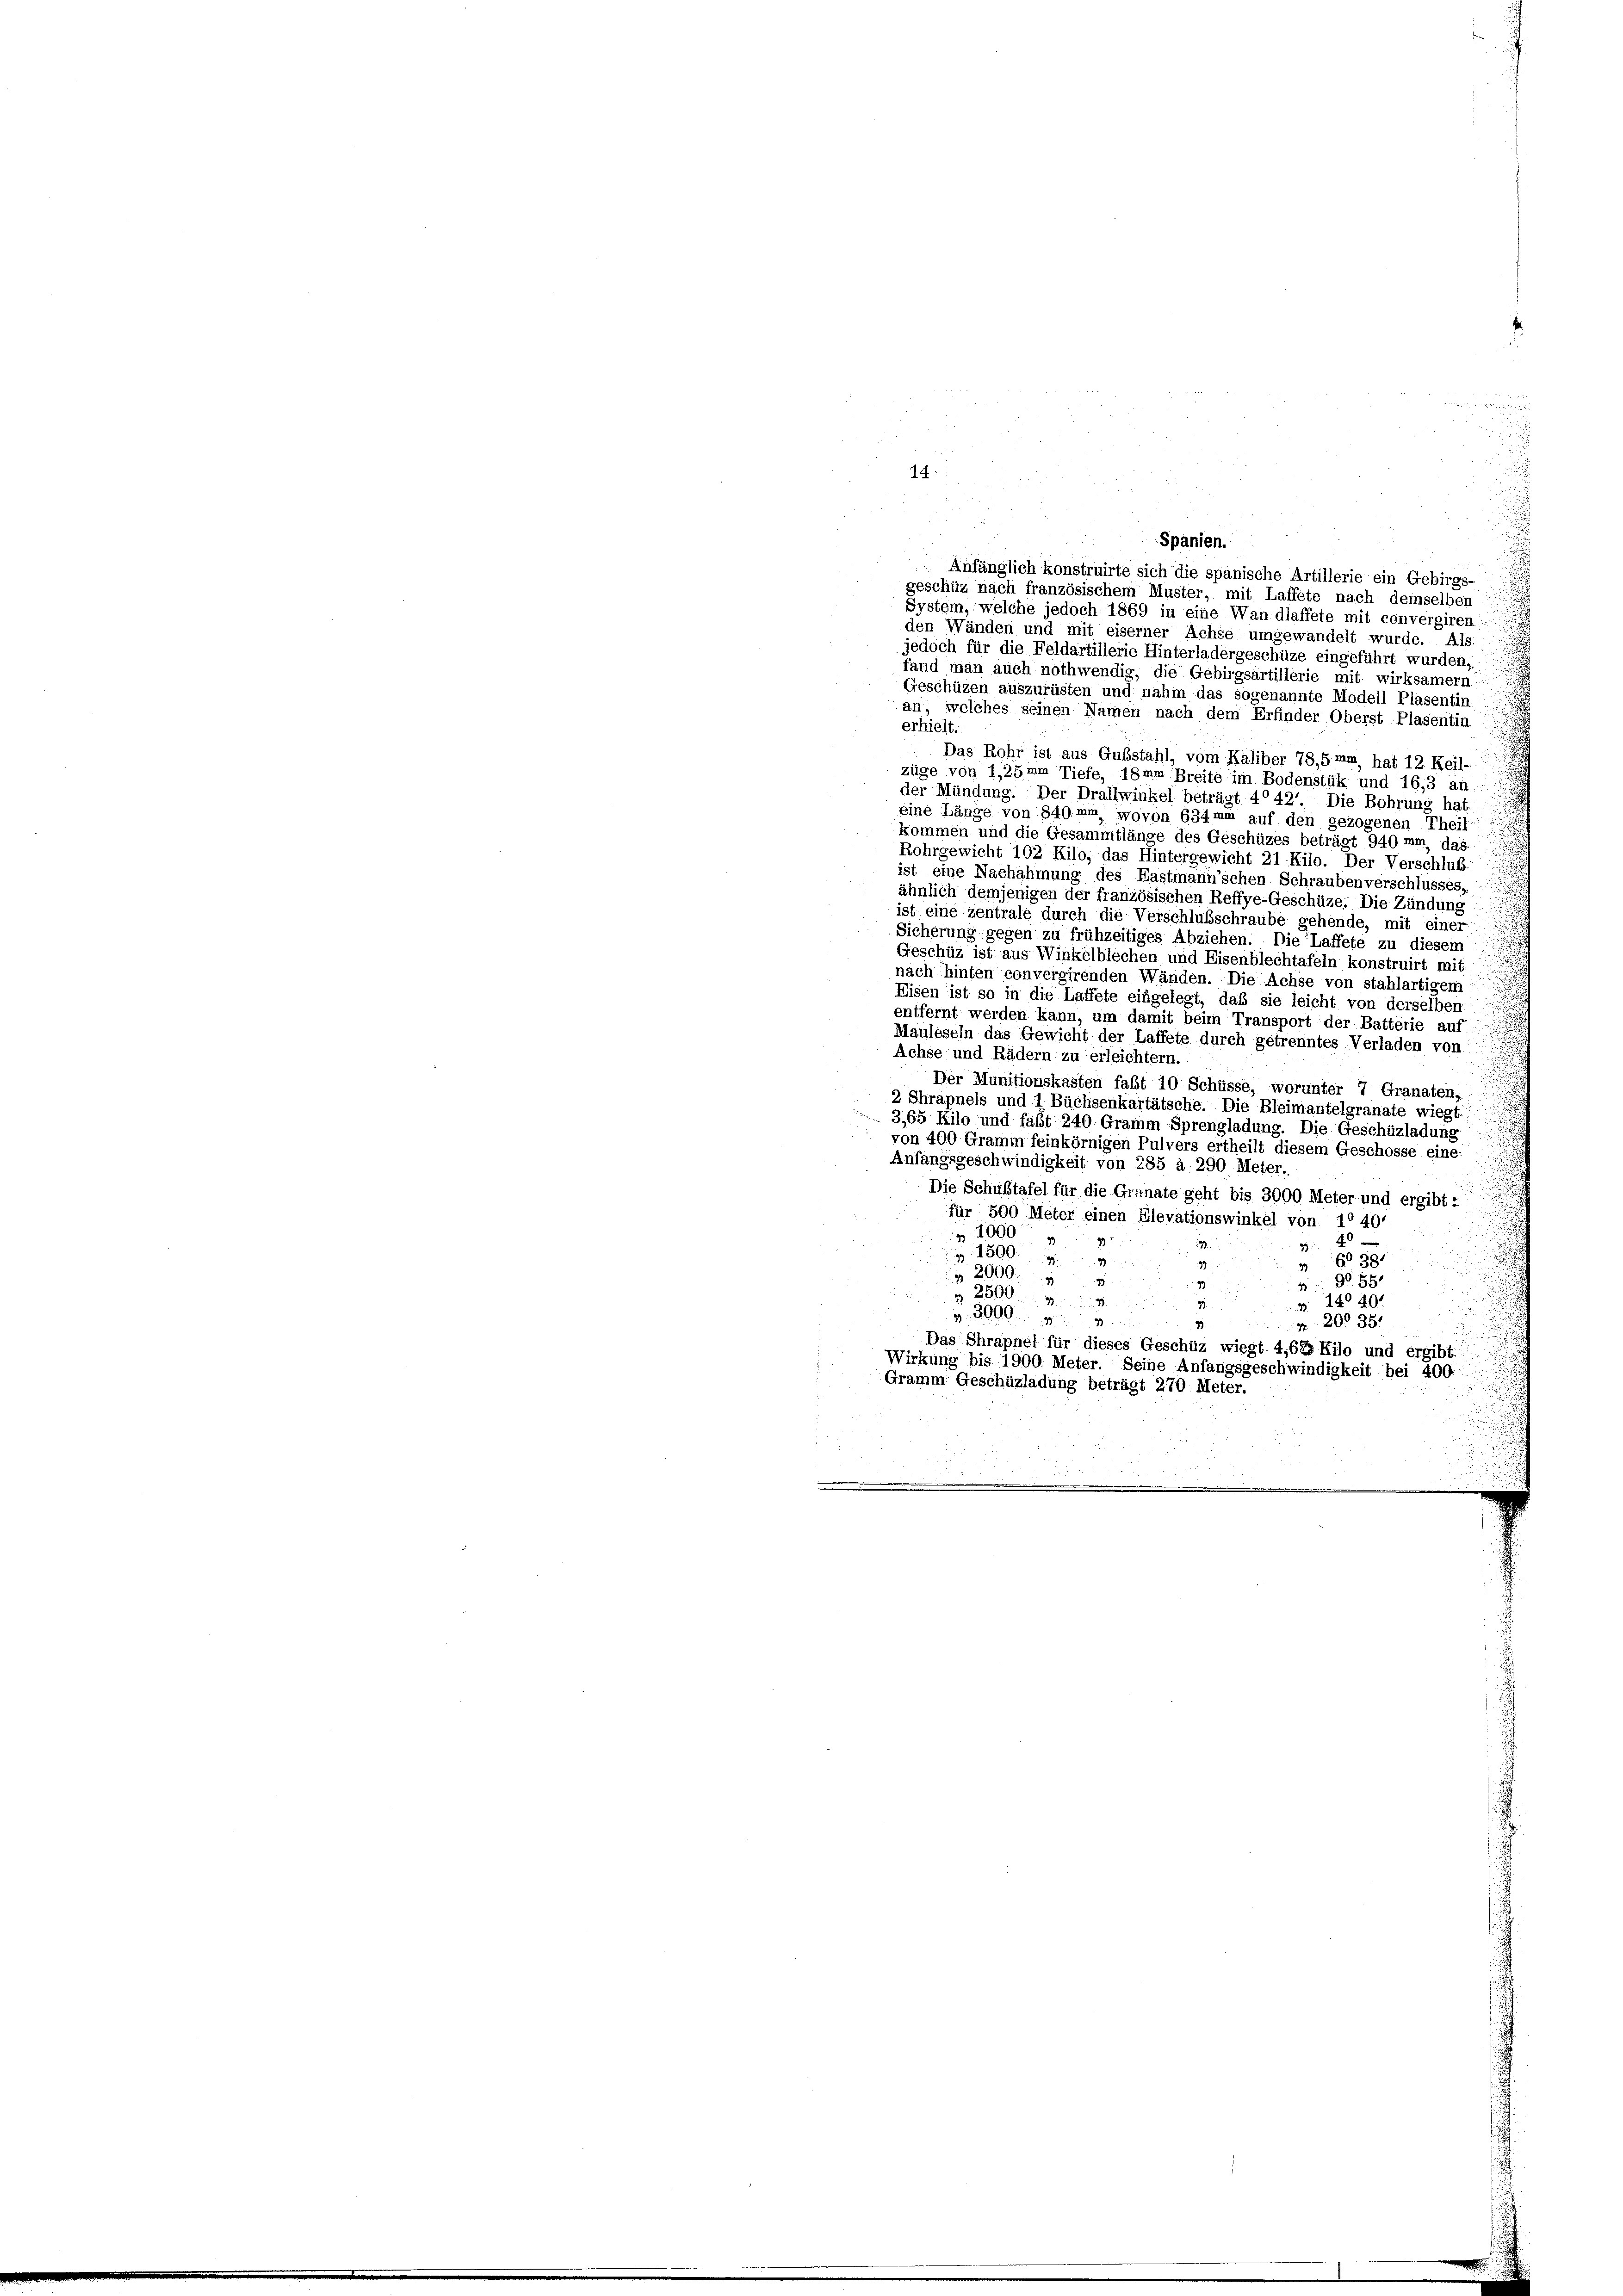
14:

Spanien.
Anfänglich konstruirte sich die spanische Artillerie ein Gebirgs-
geschüz nach französischem Muster, mit Laffete nach demselben
System, welche jedoch 1869 in eine Wandlaffete mit convergiren.
den Wänden und mit eiserner Achse umgewandelt wurde. Als.
jedoch für die Feldartillerie Hinterladergeschüze eingeführt wurden,
fand man auch nothwendig, die Gebirgsartillerie mit wirksamern
Geschüzen auszurüsten und nahm das sogenannte Modell Plasentin
an, welches seinen Namen nach dem Erfinder Oberst Plasentin
erhielt.
Das Rohr ist aus Gubstahl, vom Kaliber 78,5 mm, hat 12. Keil-
züge von 1,25mm Tiefe, 18mm Breite im Bodenstük und 16,3 an
G
der Mündung. Der Dralfwinkel beträgt 4042' Die Bohrung hat.
eine Länge von 840mm, wovon 634mm auf den gezogenen Theil
kommen und die Gesammtlänge des Geschüzes beträgt 940 mm das
Rohrgewicht 102 Kilo, das Hintergewicht 21 Kilo. Der Verschluß.
ist eine Nachahmung des Fastmann’schen Schraubenverschlusses,
ähnlich demjenigen der französischen Reffye-Geschüze. Die Zündung
ist eine zentrale durch die Verschlusschraube gehende, mit einer
Sicherung gegen zu frühzeitiges Abziehen. Die Taffete zu diesem
Geschüz ist aus Winkelblechen und Eisenblechtafeln konstruirt mit:
u
nach hinten convergirenden Wänden. Die Achse von stahlartigem
Eisen ist so in die Laffete eingelegt, daß sie leicht von derselben
entfernt werden kann, um damit beim Transport der Batterie auf
Mauleseln das Gewicht der Laffete durch getrenntes Verladen von
Achse und Rädern zu erleichtern.
Der Munitionskasten fast 10 Schüsse, worunter 7 Granaten,
2 Shrapnels und 1 Büchsenkartätsche. Die Bleimantelgranate wiegt.
3.65 Kilo und fast 240 Gramm Sprengladung. Die Geschüzladung
von 400 Gramm feinkörnigen Pulvers ertheilt diesem Geschosse eine:
Anfangsgeschwindigkeit von 285 à 290 Meter.
Die Schultafel für die Granate geht bis 3000 Meter und ergibt,
für 500 Meter einen Elevationswinkel von 1040

§ 1000
99
24 x
1800
39
 2000
d
390. 551

 2500
3. 1440.

z. 3000.
N 200 35.
Das Chrapnel für dieses Geschüz wiegt 4,66 Kilo und ergibt

Wirkung bis 1900 Meter. Seine Anfangsgeschwindigkeit bei 400:
h
Gramm Geschüzladung beträgt 270. Meter.